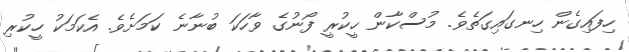
ހިފައިގެން ހިނގައިގަތެވެ. މުސްކާން ހީކުރީ ފޯނުގެ ވާހަކަ ބުނާނެ ކަމަށެވެ. އެކަމަކު ހީކުރި